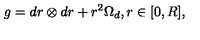
g = d r \otimes d r + r ^ { 2 } \Omega _ { d } , r \in [ 0 , R ] ,